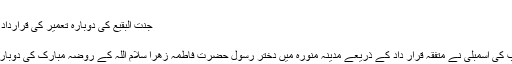
مدینہ - Sahar Urdu
جنت البقیع کی دوبارہ تعمیر کی قرارداد پنجاب اسمبلی میں منظور
Jun ۱۱, ۲۰۲۰ ۲۲:۱۵
پاکستان کے صوبے پنچاب کی اسمبلی نے متفقہ قرار داد کے ذریعے مدینہ منورہ میں دختر رسول حضرت فاطمہ زھرا سلام اللہ کے روضہ مبارک کی دوبارہ تعمیر کا مطالبہ کیا ہے۔